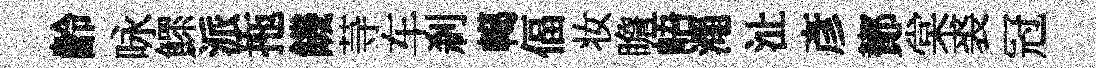
齡咏鰥派拖饑䒭车刹轕偪妆瞻峿澠沚彥鄼棠裘冠